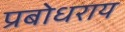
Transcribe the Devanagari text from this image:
प्रबोधराय